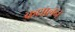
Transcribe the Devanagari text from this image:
कधालन